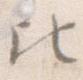
ひ